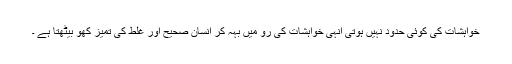
خواہشات کی کوئی حدود نہیں ہوتی انہی خواہشات کی رو میں بہہ کر انسان صحیح اور غلط کی تمیز کھو بیٹھتا ہے ۔